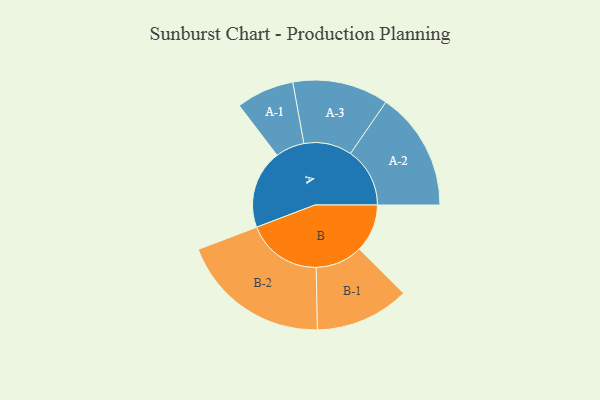
{"axis": {"x": "Segment", "y": "Value"}, "legend": ["", "A", "B"], "data": [{"x": "A", "y": 277, "type": ""}, {"x": "B", "y": 169, "type": ""}, {"x": "A-1", "y": 102, "type": "A"}, {"x": "A-2", "y": 209, "type": "A"}, {"x": "A-3", "y": 169, "type": "A"}, {"x": "B-1", "y": 166, "type": "B"}, {"x": "B-2", "y": 265, "type": "B"}]}